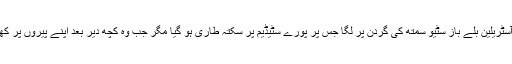
تفصیلات کے مطابق لارڈز ٹیسٹ کے دوران جوفرا آرچر کا تیز باؤنسر آسٹریلین بلے باز سٹیو سمتھ کی گردن پر لگا جس پر پورے سٹیڈیم پر سکتہ طاری ہو گیا مگر جب وہ کچھ دیر بعد اپنے پیروں پر کھڑے ہوئے اور چل کر میدان سے باہر گئے تو سب نے سکھ کا سانس لیا۔